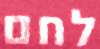
לחם